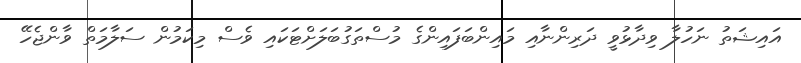
އައިޝަތު ނަހުލާ ވިދާޅުވީ ދަރިންނާއި މައިންބަފައިންގެ މުސްތަގުބަލަށްޓަކައި ވެސް މިކަމުން ސަލާމަތް ވާންޖެހޭ